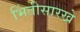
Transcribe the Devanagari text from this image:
भिंतीसारखे